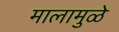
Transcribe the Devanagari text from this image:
मालामुळे